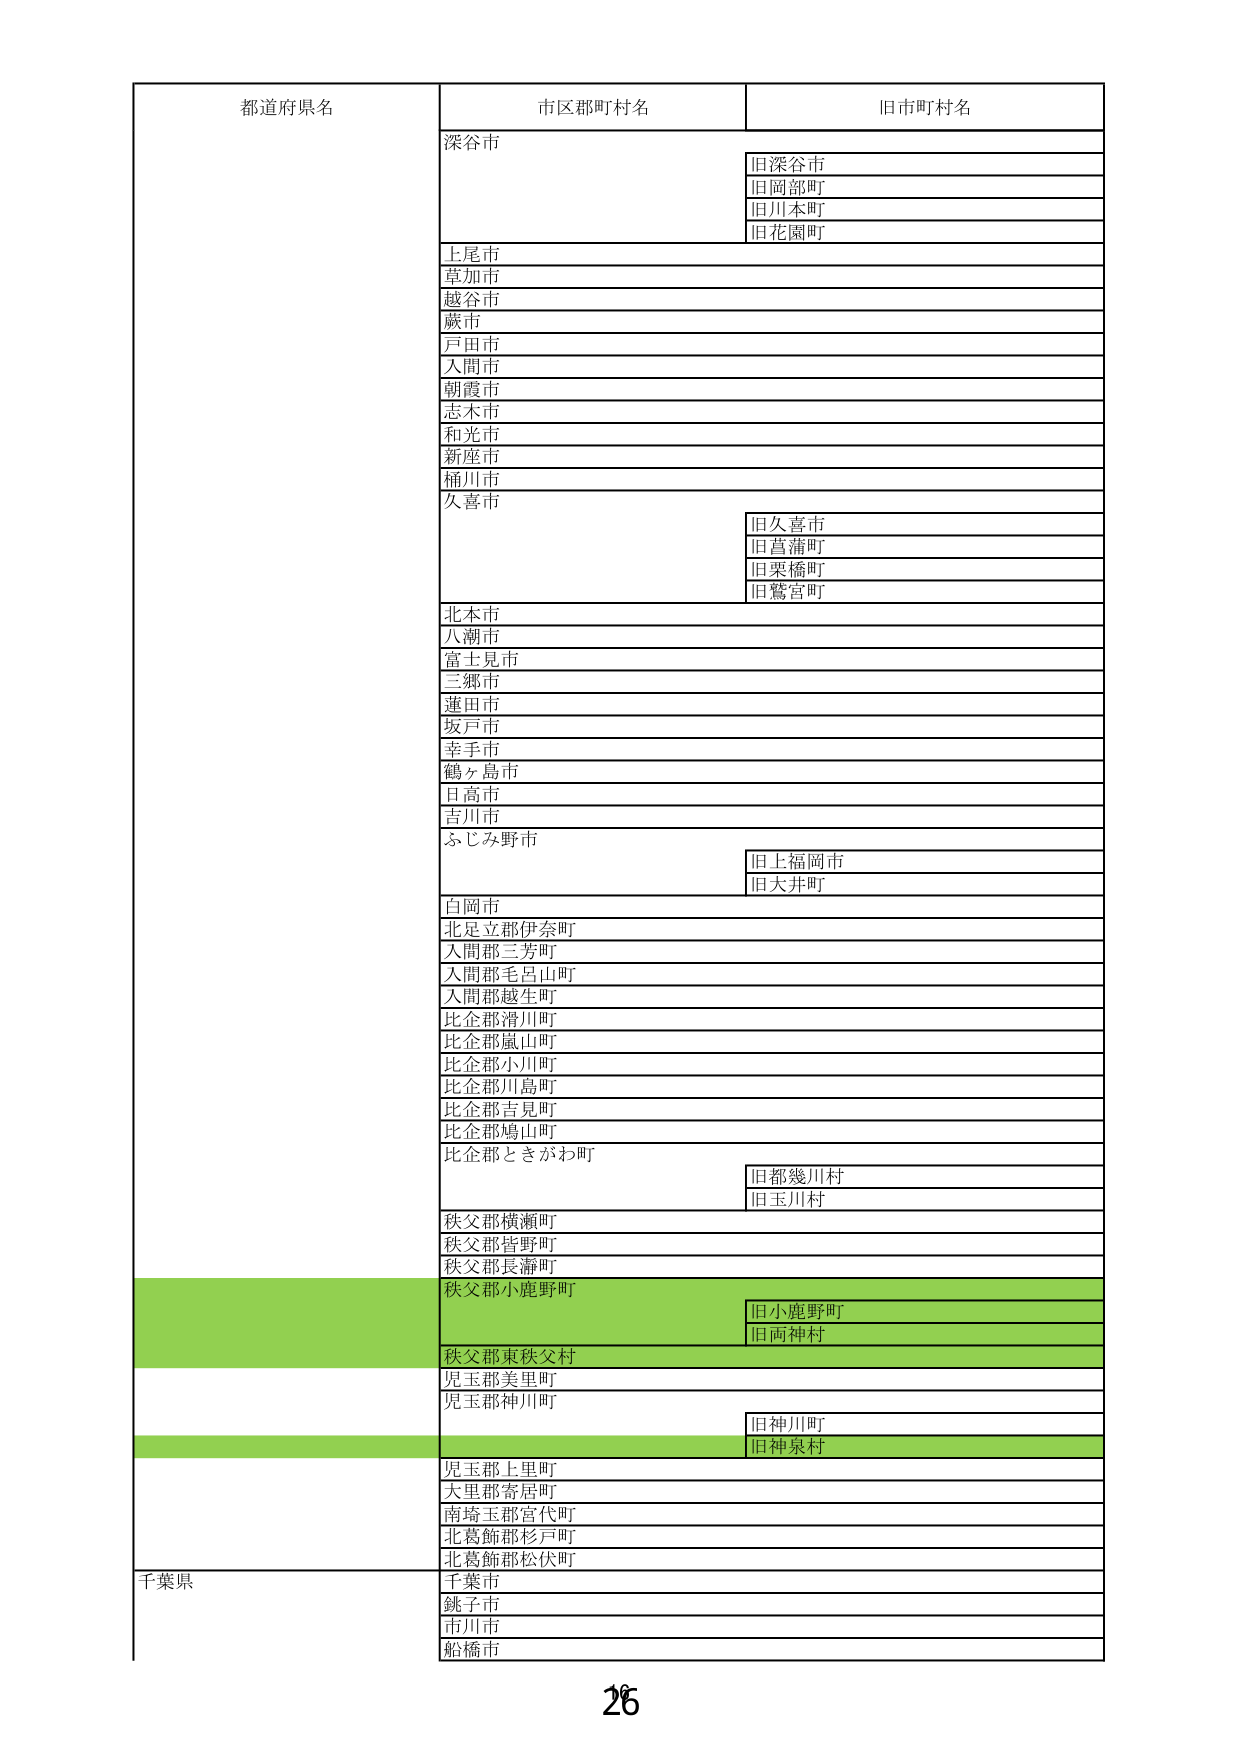
都道府県名
市区郡町村名
旧市町村名
深谷市
旧深谷市
旧岡部町
旧川本町
旧花園町
上尾市
草加市
越谷市
蕨市
戸田市
入間市
朝霞市
志木市
和光市
新座市
桶川市
久喜市
旧久喜市
旧菖蒲町
旧栗橋町
旧鷲宮町
北本市
八潮市
富士見市
三郷市
蓮田市
坂戸市
幸手市
鶴ヶ島市
日高市
吉川市
ふじみ野市
旧上福岡市
旧大井町
白岡市
北足立郡伊奈町
入間郡三芳町
入間郡毛呂山町
入間郡越生町
比企郡滑川町
比企郡嵐山町
比企郡小川町
比企郡川島町
比企郡吉見町
比企郡鳩山町
比企郡ときがわ町
旧都幾川村
旧玉川村
秩父郡横瀬町
秩父郡皆野町
秩父郡長瀞町
秩父郡小鹿野町
旧小鹿野町
旧両神村
秩父郡東秩父村
児玉郡美里町
児玉郡神川町
旧神川町
旧神泉村
児玉郡上里町
大里郡寄居町
南埼玉郡宮代町
北葛飾郡杉戸町
北葛飾郡松伏町
千葉県
千葉市
銚子市
市川市
船橋市
26